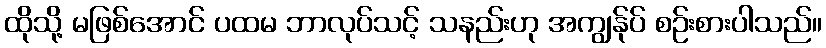
ထိုသို့ မဖြစ်အောင် ပထမ ဘာလုပ်သင့် သနည်းဟု အကျွန်ုပ် စဉ်းစားပါသည်။